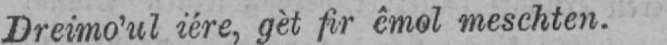
Dreimo’ul iére, gèt fir êmol meschten.